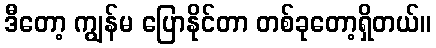
ဒီတော့ ကျွန်မ ပြောနိုင်တာ တစ်ခုတော့ရှိတယ်။